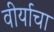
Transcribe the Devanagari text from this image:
वीर्याचा